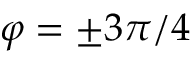
\varphi = \pm 3 \pi / 4